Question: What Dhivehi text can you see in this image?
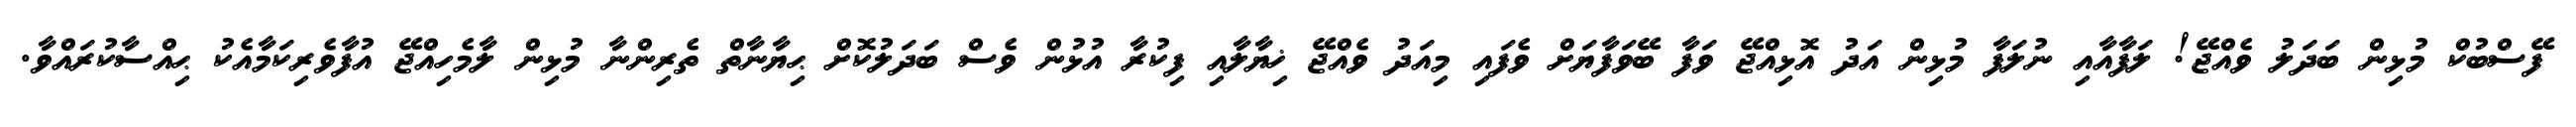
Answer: ފޭސްބުކް މުޅިން ބަދަލު ވެއްޖޭ! ލަފާއާއި ނުލަފާ މުޅިން އަދު އޮޅިއްޖޭ ވަފާ ބޭވަފާޔަށް ވެފައި މިއަދު ވެއްޖޭ ޚިޔާލާއި ފިކުރާ އުޅުން ވެސް ބަދަލުކޮށް ޙިޔާނާތް ތެރިންނާ މުޅިން ލާމެހިއްޖޭ އުފާވެރިކަމާއެކު ޙިއްސާކުރައްވާ.